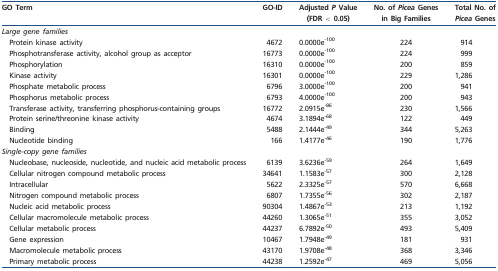
<table><thead><tr><td><b>GO Term</b></td><td><b>GO-ID</b></td><td><b>Adjusted <i>P</i> Value (FDR &lt; 0.05)</b></td><td><b>No. of <i>Picea</i> Genes in Big Families</b></td><td><b>Total No. of <i>Picea</i> Genes</b></td></tr></thead><tbody><tr><td><i>Large gene families</i></td><td></td><td></td><td></td><td></td></tr><tr><td>Protein kinase activity</td><td>4672</td><td>0.0000e<sup>-100</sup></td><td>224</td><td>914</td></tr><tr><td>Phosphotransferase activity, alcohol group as acceptor</td><td>16773</td><td>0.0000e<sup>-100</sup></td><td>224</td><td>999</td></tr><tr><td>Phosphorylation</td><td>16310</td><td>0.0000e<sup>-100</sup></td><td>200</td><td>859</td></tr><tr><td>Kinase activity</td><td>16301</td><td>0.0000e<sup>-100</sup></td><td>229</td><td>1,286</td></tr><tr><td>Phosphate metabolic process</td><td>6796</td><td>3.0000e<sup>-100</sup></td><td>200</td><td>941</td></tr><tr><td>Phosphorus metabolic process</td><td>6793</td><td>4.0000e<sup>-100</sup></td><td>200</td><td>943</td></tr><tr><td>Transferase activity, transferring phosphorus-containing groups</td><td>16772</td><td>2.0915e<sup>-86</sup></td><td>230</td><td>1,566</td></tr><tr><td>Protein serine/threonine kinase activity</td><td>4674</td><td>3.1894e<sup>-68</sup></td><td>122</td><td>449</td></tr><tr><td>Binding</td><td>5488</td><td>2.1444e<sup>-49</sup></td><td>344</td><td>5,263</td></tr><tr><td>Nucleotide binding</td><td>166</td><td>1.4177e<sup>-46</sup></td><td>190</td><td>1,776</td></tr><tr><td><i>Single-copy gene families</i></td><td></td><td></td><td></td><td></td></tr><tr><td>Nucleobase, nucleoside, nucleotide, and nucleic acid metabolic process</td><td>6139</td><td>3.6236e<sup>-59</sup></td><td>264</td><td>1,649</td></tr><tr><td>Cellular nitrogen compound metabolic process</td><td>34641</td><td>1.1583e<sup>-57</sup></td><td>300</td><td>2,128</td></tr><tr><td>Intracellular</td><td>5622</td><td>2.3325e<sup>-57</sup></td><td>570</td><td>6,668</td></tr><tr><td>Nitrogen compound metabolic process</td><td>6807</td><td>1.7355e<sup>-56</sup></td><td>302</td><td>2,187</td></tr><tr><td>Nucleic acid metabolic process</td><td>90304</td><td>1.4867e<sup>-53</sup></td><td>213</td><td>1,192</td></tr><tr><td>Cellular macromolecule metabolic process</td><td>44260</td><td>1.3065e<sup>-51</sup></td><td>355</td><td>3,052</td></tr><tr><td>Cellular metabolic process</td><td>44237</td><td>6.7892e<sup>-50</sup></td><td>493</td><td>5,409</td></tr><tr><td>Gene expression</td><td>10467</td><td>1.7948e<sup>-49</sup></td><td>181</td><td>931</td></tr><tr><td>Macromolecule metabolic process</td><td>43170</td><td>1.9708e<sup>-48</sup></td><td>368</td><td>3,346</td></tr><tr><td>Primary metabolic process</td><td>44238</td><td>1.2592e<sup>-47</sup></td><td>469</td><td>5,056</td></tr></tbody></table>